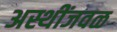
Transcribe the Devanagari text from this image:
अस्थींजवळ